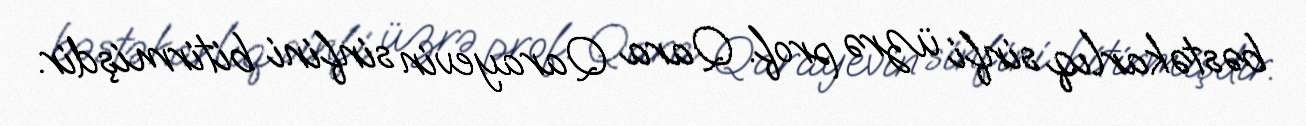
bəstəkarlıq sinfi üzrə prof. Qara Qarayevin sinfini bitirmişdir.